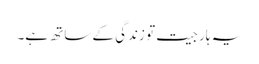
یہ ہار جیت تو زندگی کے ساتھ ہے۔